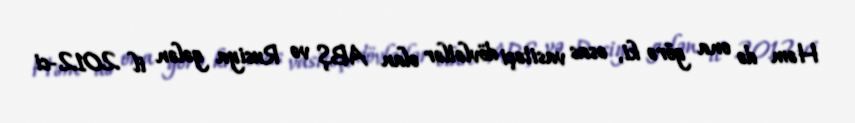
Həm də ona görə ki, əsas vasitəçi dövlətlər olan ABŞ və Rusiya gələn il 2012-ci